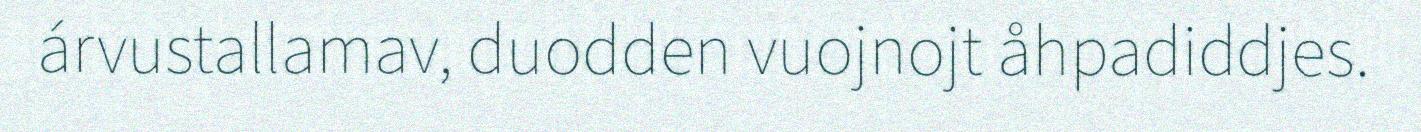
árvustallamav, duodden vuojnojt åhpadiddjes.